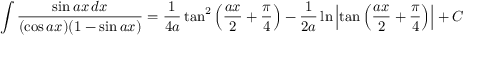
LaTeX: \int { \frac { \sin a x \, d x } { ( \cos a x ) ( 1 - \sin a x ) } } = { \frac { 1 } { 4 a } } \tan ^ { 2 } \left( { \frac { a x } { 2 } } + { \frac { \pi } { 4 } } \right) - { \frac { 1 } { 2 a } } \ln \left| \tan \left( { \frac { a x } { 2 } } + { \frac { \pi } { 4 } } \right) \right| + C